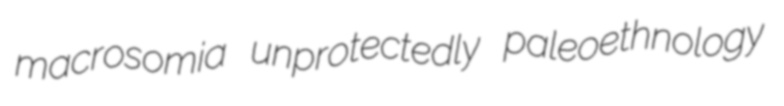
macrosomia unprotectedly paleoethnology